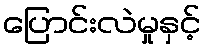
ပြောင်းလဲမှုနှင့်